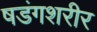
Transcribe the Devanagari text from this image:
षडंगशरीर